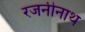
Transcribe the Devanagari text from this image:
रजनीनाथ